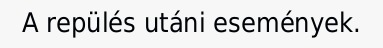
A repülés utáni események.